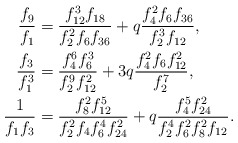
\begin{align*}\frac{f_9}{f_1}&= \frac{f^{3}_{12}f_{18}}{f^{2}_{2}f_{6}f_{36}}+q\frac{f^{2}_4f_{6}f_{36}}{f^{3}_2f_{12}},\\\frac{f_3}{f^{3}_1}&= \frac{f^{6}_{4}f^{3}_{6}}{f^{9}_{2}f^{2}_{12}}+3q\frac{f^{2}_4f_{6}f^{2}_{12}}{f^{7}_2},\\\frac{1}{f_1f_3}&= \frac{f^{2}_{8}f^{5}_{12}}{f^{2}_{2}f_{4}f^{4}_{6}f^{2}_{24}}+q\frac{f^{5}_{4}f^{2}_{24}}{f^{4}_{2}f^{2}_{6}f^{2}_8f_{12}}.\end{align*}